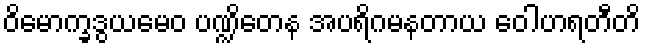
ဝိမောက္ခဒွယမေဝ ပဏ္ဍိတေန အပရိဂမနတာယ ဝေါဟရတီတိ